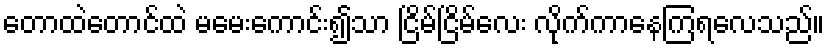
တောထဲတောင်ထဲ မမေးကောင်း၍သာ ငြိမ်ငြိမ်လေး လိုက်ကာနေကြရလေသည်။